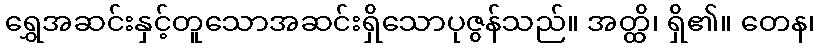
ရွှေအဆင်းနှင့်တူသောအဆင်းရှိသောပုဇွန်သည်။ အတ္ထိ၊ ရှိ၏။ တေန၊